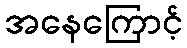
အနေကြောင့်